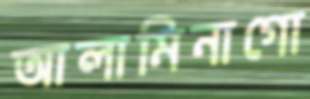
আলামিনাগো